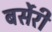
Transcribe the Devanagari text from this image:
बर्सेरी